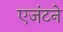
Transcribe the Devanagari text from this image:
एजंटने